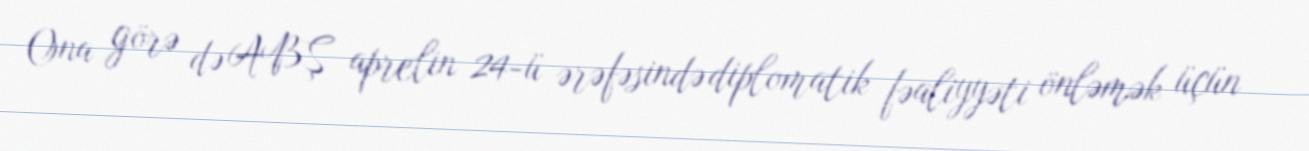
Ona görə də ABŞ aprelin 24-ü ərəfəsində diplomatik fəaliyyəti önləmək üçün